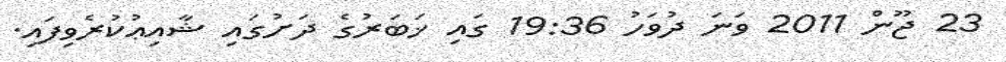
23 ޖޫން 2011 ވަނަ ދުވަހު 19:36 ގައި ޚަބަރުގެ ދަށުގައި ޝާއިޢުކުރެވިފައި.